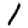
Digit: 1